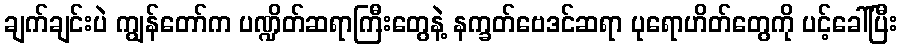
ချက်ချင်းပဲ ကျွန်တော်က ပဏ္ဍိတ်ဆရာကြီးတွေနဲ့ နက္ခတ်ဗေဒင်ဆရာ ပုရောဟိတ်တွေကို ပင့်ခေါ်ပြီး